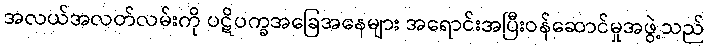
အလယ်အလတ်လမ်းကို ပဋိပက္ခအခြေအနေများ အရောင်းအပြီးဝန်ဆောင်မှုအဖွဲ့သည်